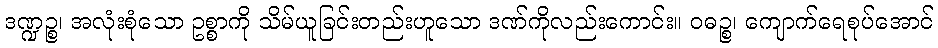
ဒဏ္ဍဉ္စ၊ အလုံးစုံသော ဥစ္စာကို သိမ်ယူခြင်းတည်းဟူသော ဒဏ်ကိုလည်းကောင်း။ ဝဓဉ္စ၊ ကျောက်ရေစုပ်အောင်